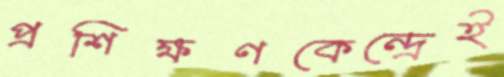
প্রশিক্ষণকেন্দ্রেই